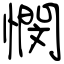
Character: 憫